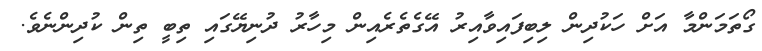
ގޯތަމަންމާ އަށް ހަކުދިން ލިބިފައިވާއިރު އޭގެތެރެއިން މިހާރު ދުނިޔޭގައި ތިބީ ތިން ކުދިންނެވެ.